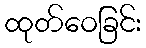
ထုတ်ဝေခြင်း